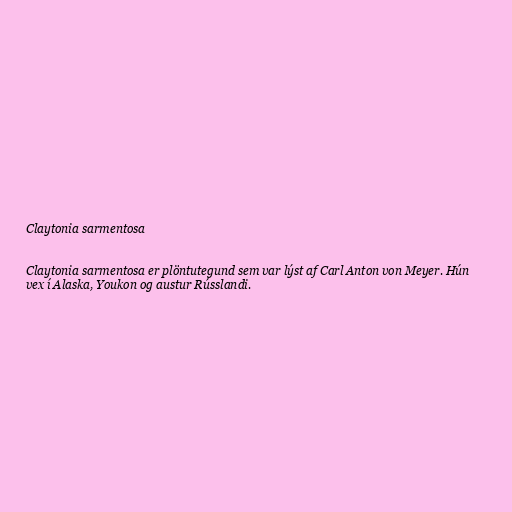
Claytonia sarmentosa

Claytonia sarmentosa er plöntutegund sem var lýst af Carl Anton von Meyer. Hún
vex í Alaska, Youkon og austur Rússlandi.